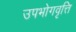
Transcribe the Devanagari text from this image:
उपभोगवृत्ति